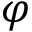
\varphi